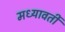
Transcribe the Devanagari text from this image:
मध्यावर्ती